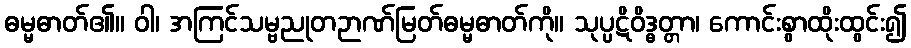
ဓမ္မဓာတ်၏။ ဝါ၊ အကြင်သမ္ဗညုတဉာဏ်မြတ်ဓမ္မဓာတ်ကို။ သုပ္ပဋိဝိဒ္ဓတ္တာ၊ ကောင်းစွာထိုးထွင်း၍